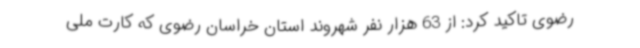
رضوی تاکید کرد: از 63 هزار نفر شهروند استان خراسان رضوی که کارت ملی